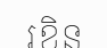
រខិន